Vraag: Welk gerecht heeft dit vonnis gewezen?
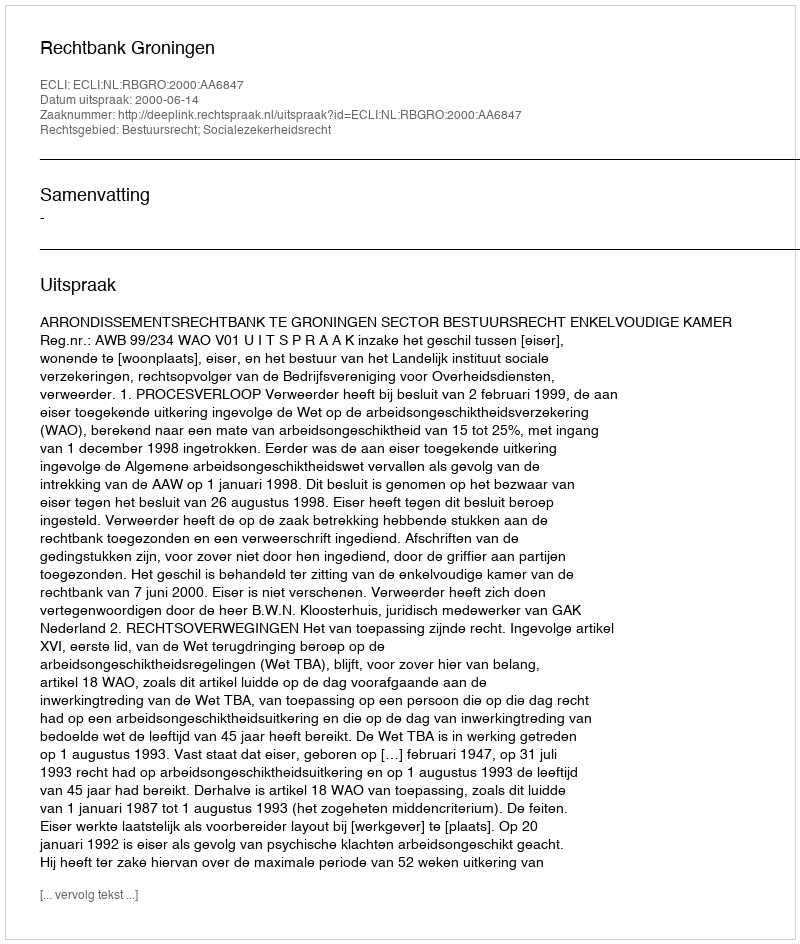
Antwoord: Rechtbank Groningen